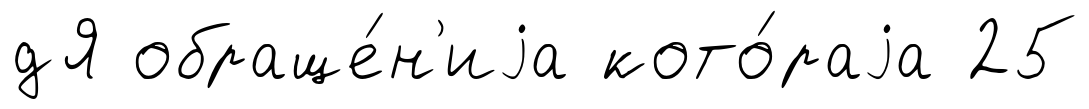
дЯ обраще́н'иjа кото́раjа 25